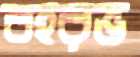
বহরভ